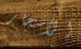
الاشجار